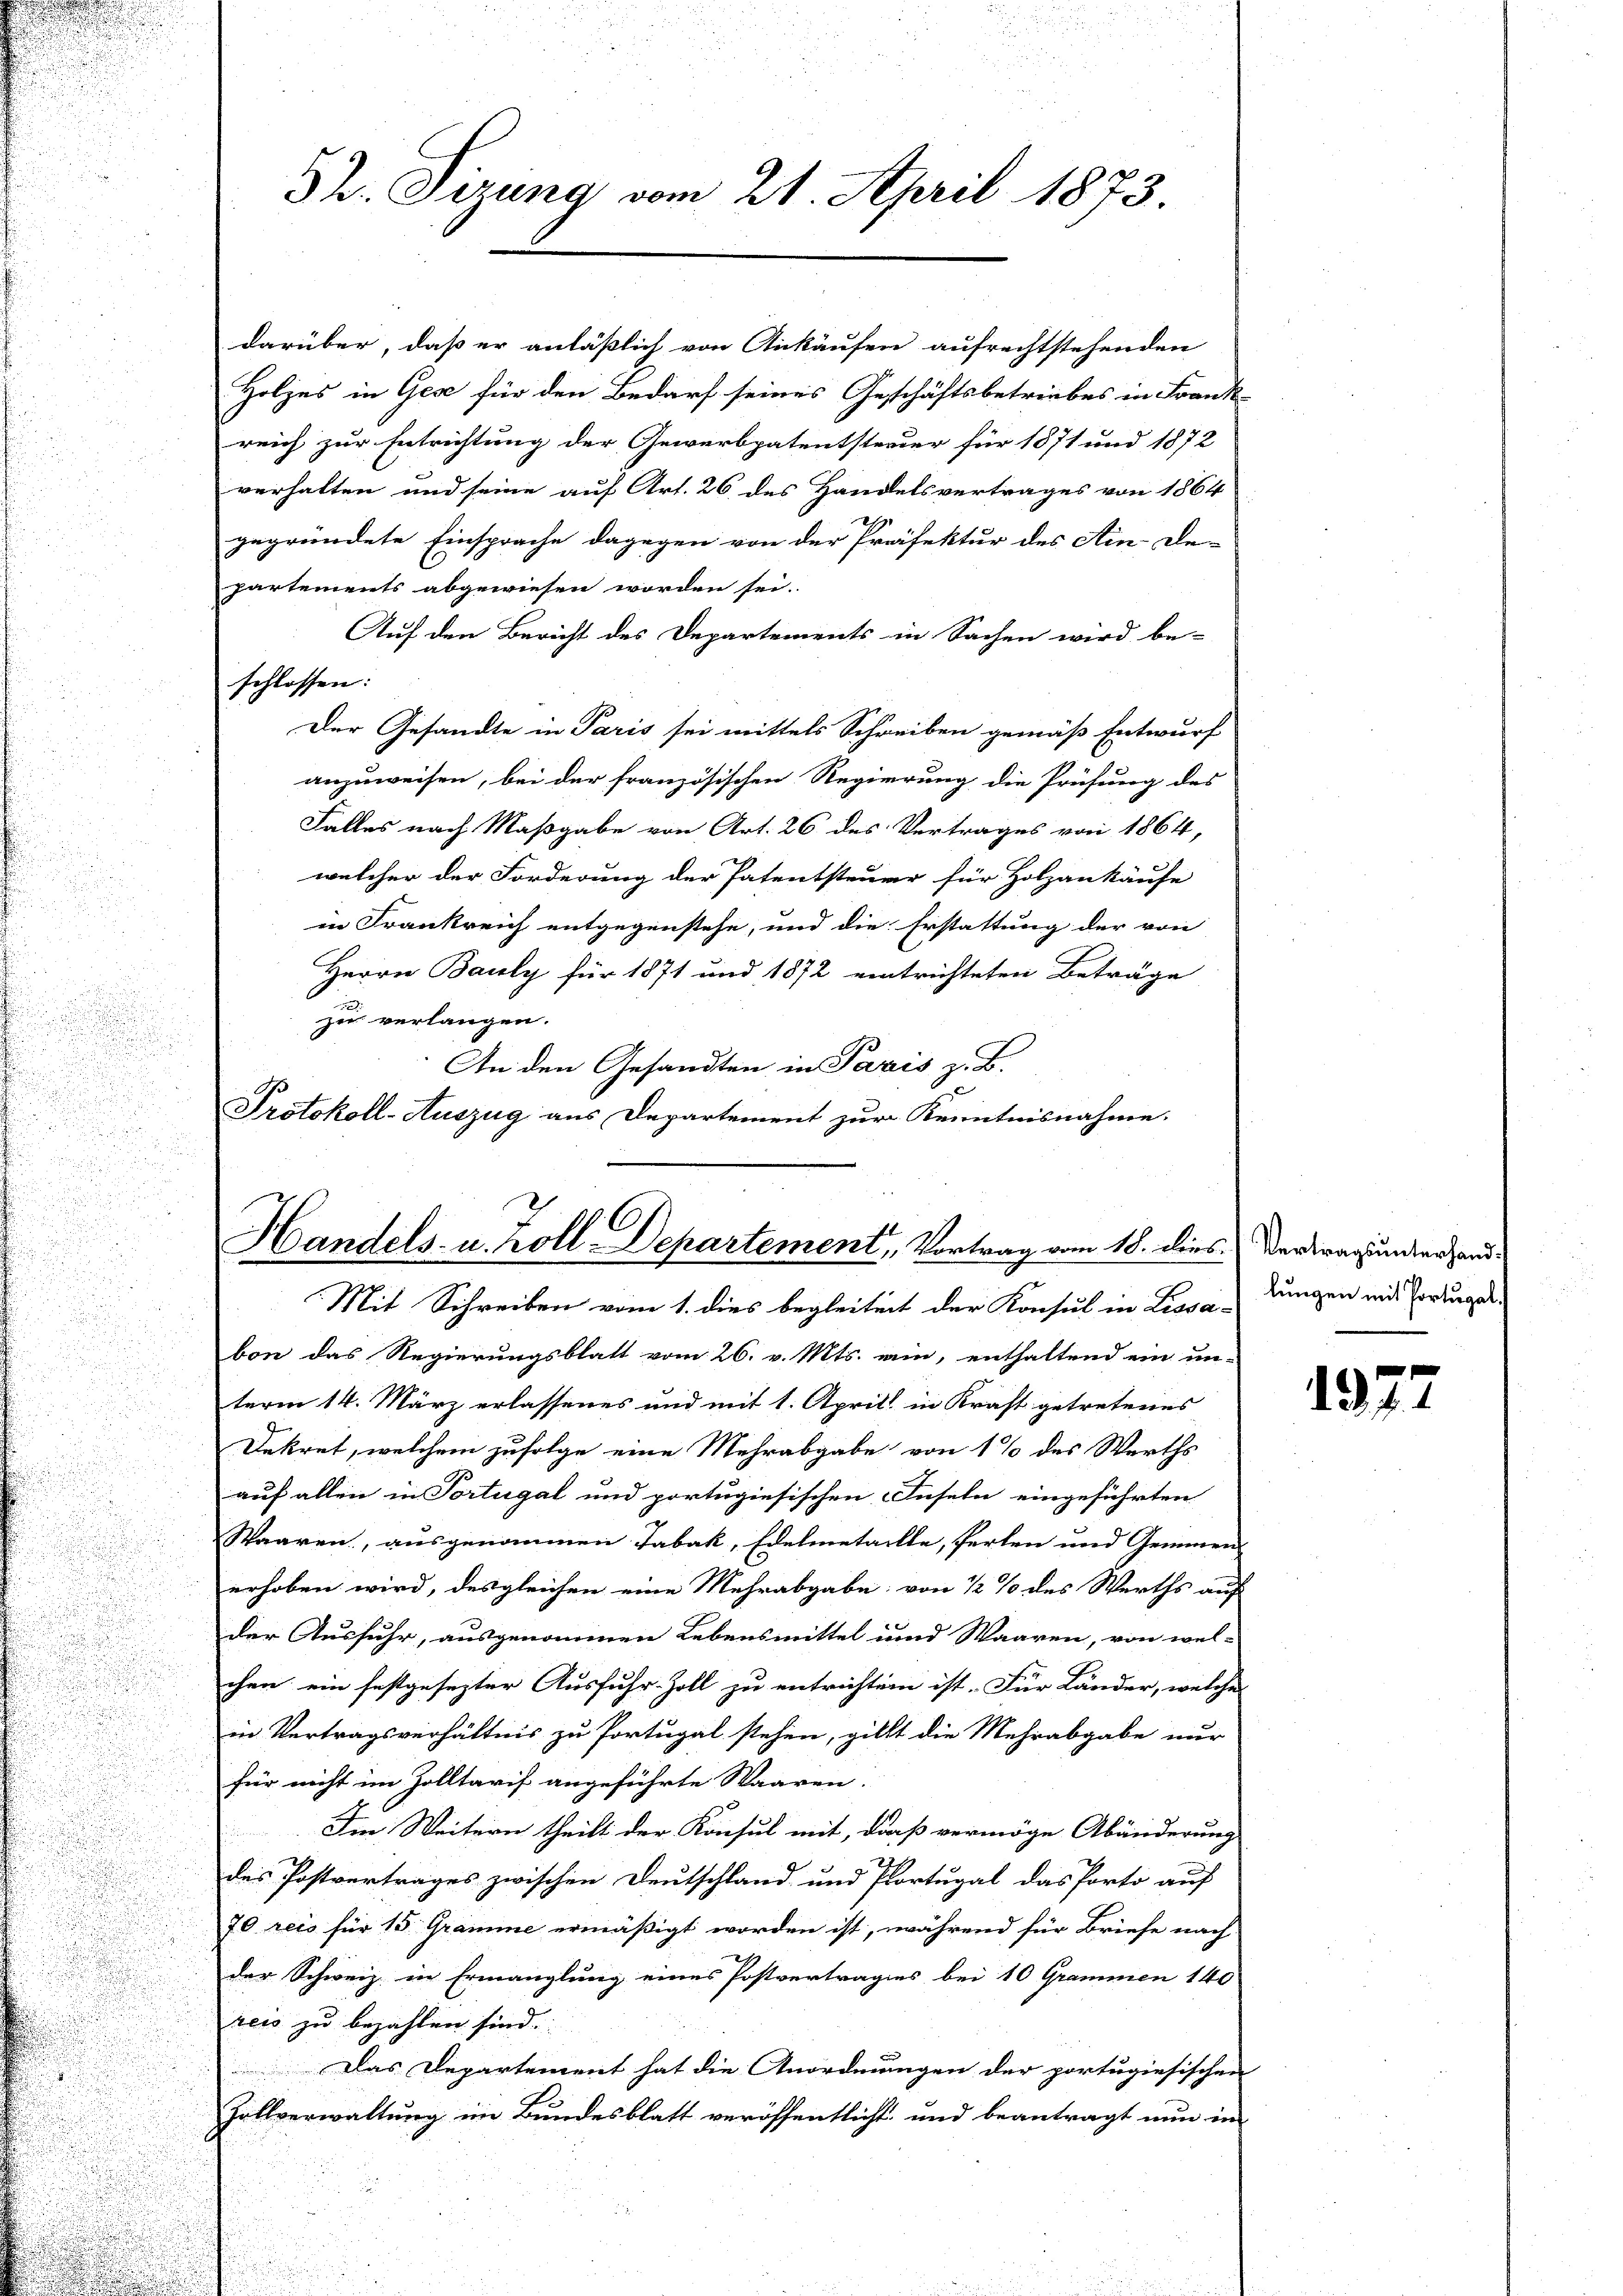
32. Tizung vom 21. April 1873.

darüber, daß er anläßlich von Ankäufen aufrechtstehenden
Holzes in Gese für den Bedarf seines Geschäftsbetriebes in Frank
reich zur Entrichtung der Gewerbpatentsterier für 1871 und 1872
verhalten und seine auf Art. 26 des Handelsvertrages von 1864
gegründete Einsprache dagegen von der Präfektur des Ain De-
partements abgewiesen worden sei.
Auf den Bericht des Departements in Sachen wird be-
schlossen:
Der Gesandte in Paris sei mittels Schreiben gemäß Entwurf
anzuweisen, bei der französischen Regierung die Prüfung des
Falles nach Maßgabe von Art. 26 des Vertrages von 1864,
welcher der Forderung der Patentsteuer für Holzankäufe
in Frankreich entgegenstehe, und die Erstattung der von
Herrn Bauly für 1871 und 1872 eintrichteten Beträge
zu verlangen.
An den Gesandten in Paris z. B.
Protokoll-Auszug aus Departement zur Kenntnisnahme.

6
1
Handels- u. zoll-Departement, Vortrag vom 18. dies
Mit Schreiben vom 1. dies begleitert der Konsul in Lissa-

i
bon das Regierungsblatt vom 26. v. Mts. wie, enthaltend ein un-
term 14. März erlassenes und mit 1. Aprill in Kraft getretenes
Dekret, welchem zufolge eine Mehrabgabe von 1% des Werths
auf allen in Portugal und portugiesischen Inseln eingeführten
Waaren, ausgenommen Tabak, Edelmetaille, ferten und Gemmen-
erhoben wird, des gleichen eine Mehrabgabe von 1/2 % des Werths auf
der Ausfuhr, ausgenommen Lebensmittel und Waaren, von wel-
chen ein festgesezter Ausfuhr-Zoll zu entrichten ist. Für Länder, welche
in Vertragsverhältnis zu Portugal stehen, gillt die Mehrabgabe nur
für nicht im Zolltarif angeführte Waaren.
Im Weitern theilt der Konsul mit, daß vermöge Abänderung
des Postvertrages zwischen Deutschland und Portugal das Porto auf
70 reis für 15 Gramme ermäßigt worden ist, während für Briefe nach
der Schweiz in Ermanglung eines Postvertrages bei 10 Grammen 140
reis zu bezahlen sind.
Das Departement hat die Anordnungen der portugiesischen
Zollverwaltung im Bundesblatt veröffentlicht und beantragt nun in

Vertragsunterhandlungen mit Portugal.

1377